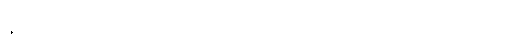
နိုင်ငံတဝှမ်းက ကိုယ်စားလှယ် ၃၃၆ ယောက်ကိုသာ ဖိတ်ကြားပါတယ်။